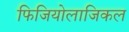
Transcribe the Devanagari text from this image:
फिजियोलाजिकल